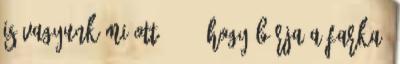
is vagyunk mi ott? 233. Hogy bírja a farka?